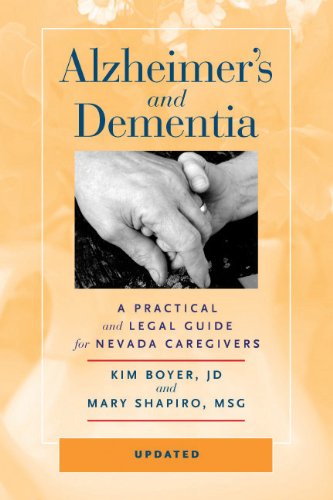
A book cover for AlzheimerEEs and Dementia: A Practical and Legal Guide for Nevada Caregivers; Kim Boyer; Law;